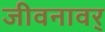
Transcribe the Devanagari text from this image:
जीवनावर्